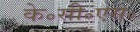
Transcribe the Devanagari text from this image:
के॰सी॰एस॰